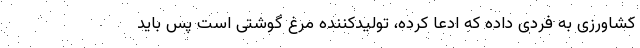
کشاورزی به فردی داده که ادعا کرده، تولیدکننده مرغ گوشتی است پس باید